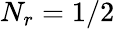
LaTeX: N_{r}=1/2